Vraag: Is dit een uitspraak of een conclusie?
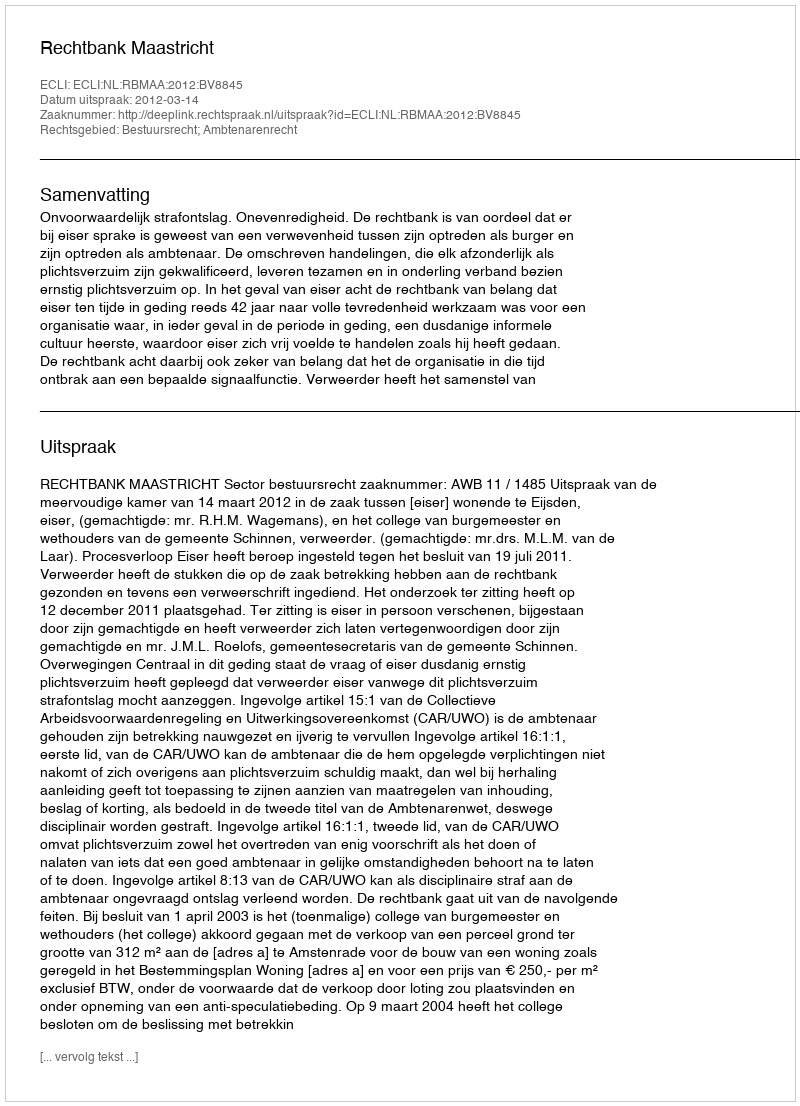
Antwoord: Uitspraak